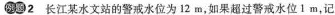
例题2长江某水文站的警戒水位为12m，如果超过警戒水位1m，记